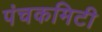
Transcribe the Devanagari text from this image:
पंचकमिटी